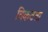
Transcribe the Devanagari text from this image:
विकटता